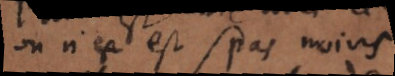
on n’est pas moins